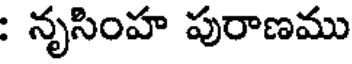
: నృసింహ పురాణము